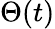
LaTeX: \Theta(t)